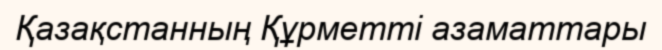
Қазақстанның Құрметті азаматтары